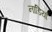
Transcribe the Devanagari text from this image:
नाडियाँ